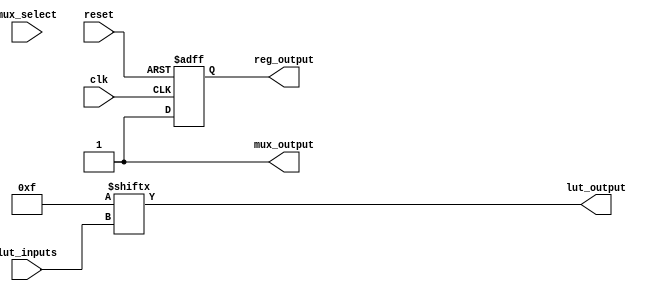
module CLB (
    input wire [3:0] lut_inputs,     // 4 inputs for LUT
    input wire [3:0] mux_select,      // Selector for MUX
    input wire clk,                   // Clock for register
    input wire reset,                 // Reset signal
    output wire lut_output,           // Output from LUT
    output wire mux_output,           // Output from MUX
    output wire reg_output            // Output from register
);

    // LUT implementation (4-input)
    reg [15:0] lut_memory; // 16 possible combinations for 4 inputs
    wire [3:0] lut_index;
    
    assign lut_index = lut_inputs; // Use inputs directly as index
    assign lut_output = lut_memory[lut_index]; // Output from LUT based on inputs

    // Initialize LUT memory with a sample truth table (for example: AND function)
    initial begin
        lut_memory = 16'b0000000000001111; // Outputs 1 for inputs 0b0000 to 0b0011
    end

    // MUX implementation
    wire [1:0] mux_input_a, mux_input_b;
    assign mux_input_a = lut_memory[0:1]; // Example inputs for MUX
    assign mux_input_b = lut_memory[2:3]; // Example inputs for MUX

    assign mux_output = (mux_select[0]) ? mux_input_a : mux_input_b; // Simple 2:1 MUX

    // Carry Chain (simulated with a simple carry logic)
    wire carry_in, carry_out;
    assign carry_in = 1'b0; // Example carry-in
    assign carry_out = lut_output & carry_in; // Simple carry logic based on LUT output

    // Register implementation
    reg reg_storage;
    always @(posedge clk or posedge reset) begin
        if (reset) begin
            reg_storage <= 1'b0;
        end else begin
            reg_storage <= mux_output[0]; // Store the first bit of MUX output
        end
    end

    assign reg_output = reg_storage; // Output from register

endmodule